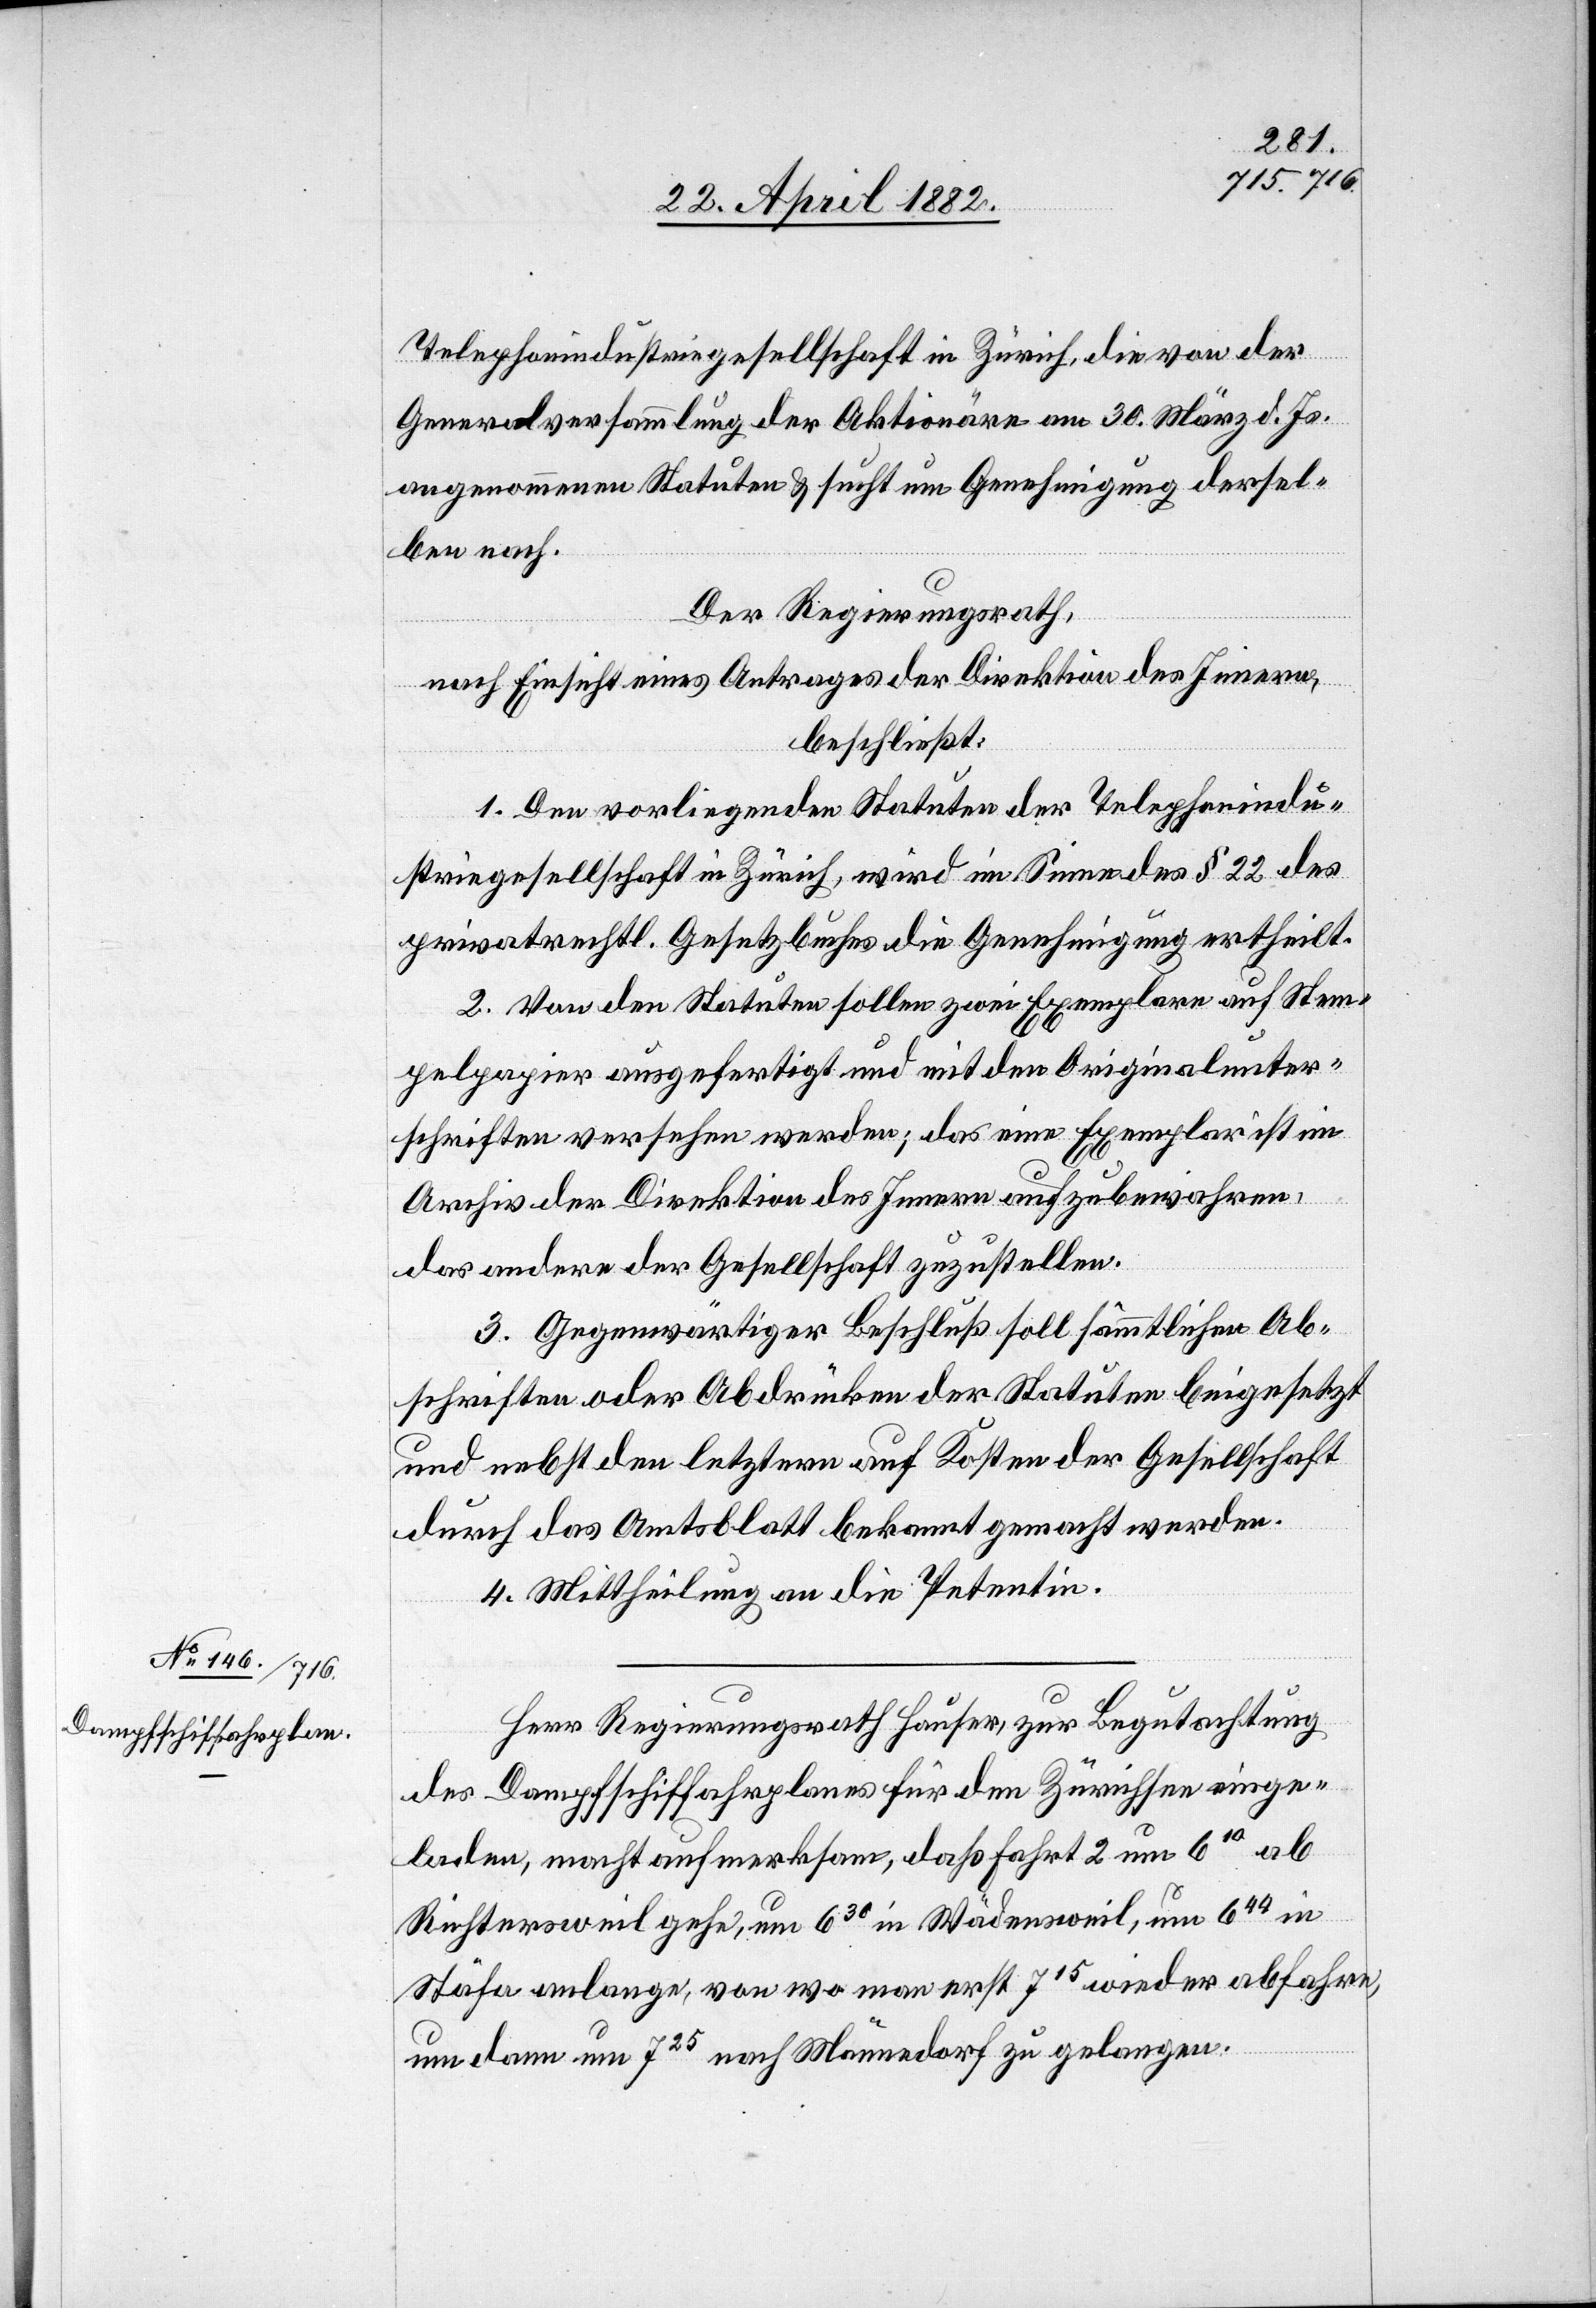
Telephonindustriegesellschaft in Zürich, die von der
Generalversammlung der Aktionäre am 30. März d. Js.
angenommenen Statuten & sucht um Genehmigung dersel¬
ben nach.
Der Regierungsrath,
nach Einsicht eines Antrages der Direktion des Innern,
beschließt:
1. Den vorliegenden Statuten der Telephonindu¬
striegesellschaft in Zürich, wird im Sinne des § 22 des
privatrechtl. Gesetzbuches die Genehmigung ertheilt.
2. Von den Statuten sollen zwei Exemplare auf Stem¬
pelpapier ausgefertigt und mit den Originalunter¬
schriften versehen werden; das eine Exemplar ist im
Archiv der Direktion des Innern aufzubewahren,
das andere der Gesellschaft zuzustellen.
3. Gegenwärtiger Beschluß soll sämmtlichen Ab¬
schriften oder Abdrücken der Statuten beigesetzt
und nebst den letztern auf Kosten der Gesellschaft
durch das Amtsblatt bekannt gemacht werden.
Herr Regierungsrath Hauser, zur Begutachtung
des Dampfschiffahrplanes für den Zürichsee einge¬
laden, macht aufmerksam, daß Fahrt 2 um 610 ab
Richtersweil gehe, um 630 in Wädensweil, um 644 in
Stäfa anlange, von wo man erst 715 wieder abfahre,
um dann um 725 nach Männedorf zu gelangen.